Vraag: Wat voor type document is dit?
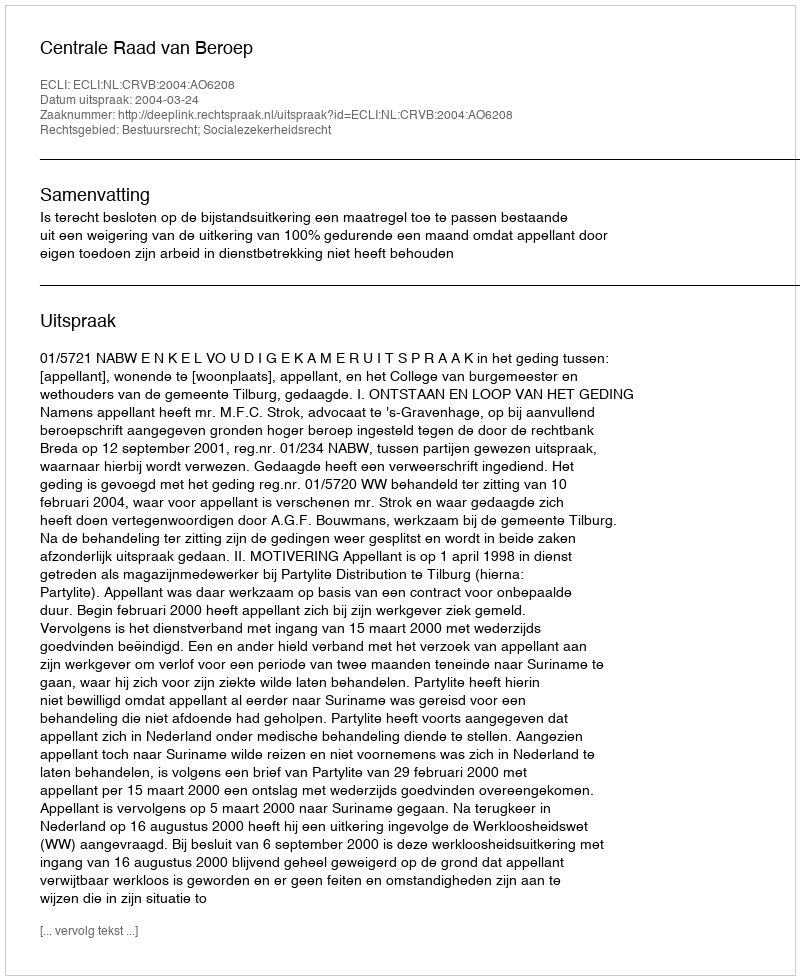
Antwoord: Uitspraak